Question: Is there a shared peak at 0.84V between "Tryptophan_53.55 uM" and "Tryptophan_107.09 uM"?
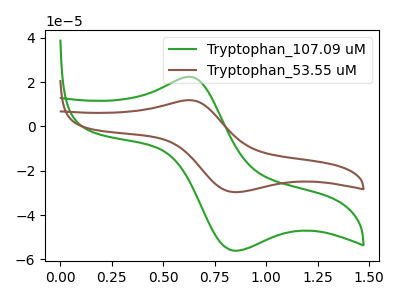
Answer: <think>The green curve "Tryptophan_107.09 uM" has an anodic peak at (0.65V, 22.35uA) and a cathodic peak at (0.85V, -56.00uA). The brown curve "Tryptophan_53.55 uM" has an anodic peak at (0.65V, 11.85uA) and a cathodic peak at (0.85V, -29.60uA).</think>
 <answer>Yes, "Tryptophan_53.55 uM" and "Tryptophan_107.09 uM" share a peak at 0.84V.</answer>
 <eval>match</eval>